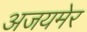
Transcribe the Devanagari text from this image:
अजयमेर